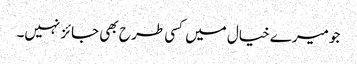
جو میرے خیال میں کسی طر ح بھی جائز نہیں۔